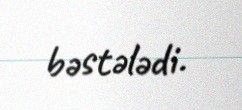
bəstələdi.